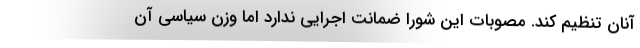
آنان تنظیم کند. مصوبات این شورا ضمانت اجرایی ندارد اما وزن سیاسی آن